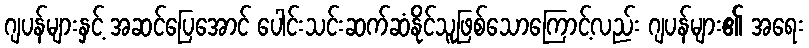
ဂျပန်များနှင့် အဆင်ပြေအောင် ပေါင်းသင်းဆက်ဆံနိုင်သူဖြစ်သောကြောင့်လည်း ဂျပန်များ၏ အရေး